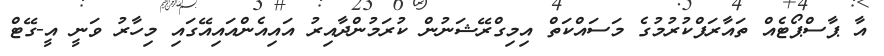
އާ ޕާސްޕޯޓެއް ތައާރަފްކުރުމުގެ މަސައްކަތް އިމިގްރޭޝަނުން ކުރަމުންދާއިރު އައިއެންއައިއޭގައި މިހާރު ވަނީ އީ-ގޭޓް